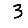
Digit: 3